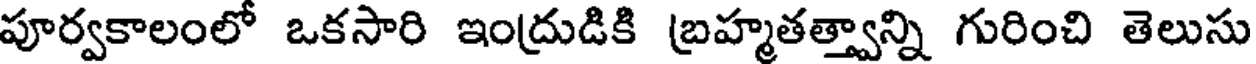
పూర్వకాలంలో ఒకసారి ఇంద్రుడికి బ్రహ్మతత్త్వాన్ని గురించి తెలుసు